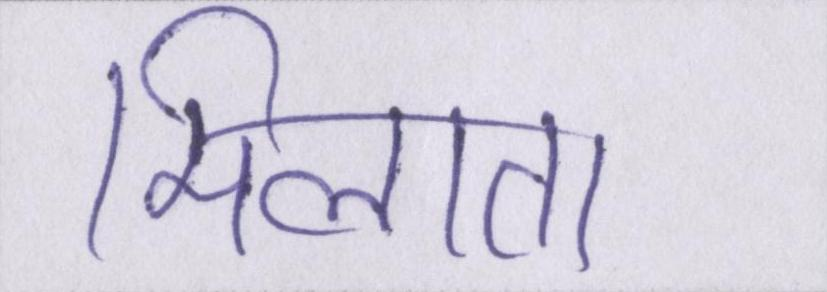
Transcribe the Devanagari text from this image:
मिलाता